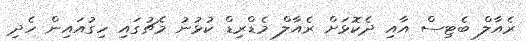
ރެއާލް ބެޓިސް އާއި ދެކޮޅަށް ރެއާލް މެޑްރިޑް ކުޅުނު މެޗުގައި ހިގުއައިން ހެދި